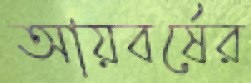
আয়বর্ষের